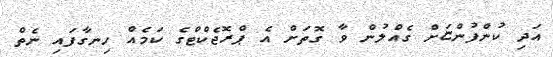
އަދި ކުންފުންޏަށް ގެއްލުން ވާ ގޮތަށް އެ ޕްރޮޖެކްޓްގެ ކަމެއް ހިނގާފައި ނެތް